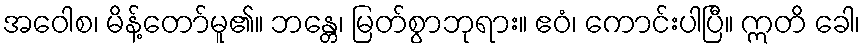
အဝေါစ၊ မိန့်တော်မူ၏။ ဘန္တေ၊ မြတ်စွာဘုရား။ ဧဝံ၊ ကောင်းပါပြီ။ ဣတိ ခေါ၊